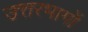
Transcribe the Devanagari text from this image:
उत्तरभागों